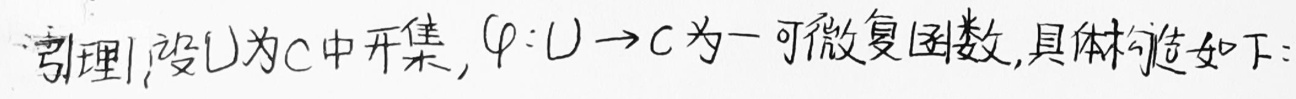
引理 设 \(U\) 为 \(\mathbb{C}\) 中开集，\(\varphi:U\rightarrow\mathbb{C}\) 为一可微复函数，具体构造如下：